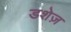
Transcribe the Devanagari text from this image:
डशेज़